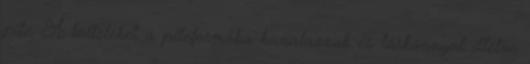
pite. A tölteléket a piteformába kanalazzuk és tárkonnyal illetve